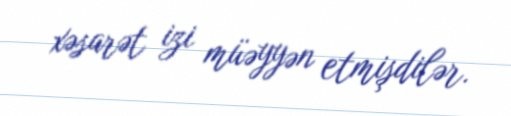
xəsarət izi müəyyən etmişdilər.